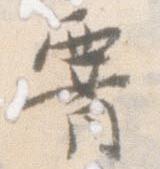
腰